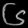
Digit: ၆